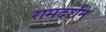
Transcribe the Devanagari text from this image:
रामदर्शन